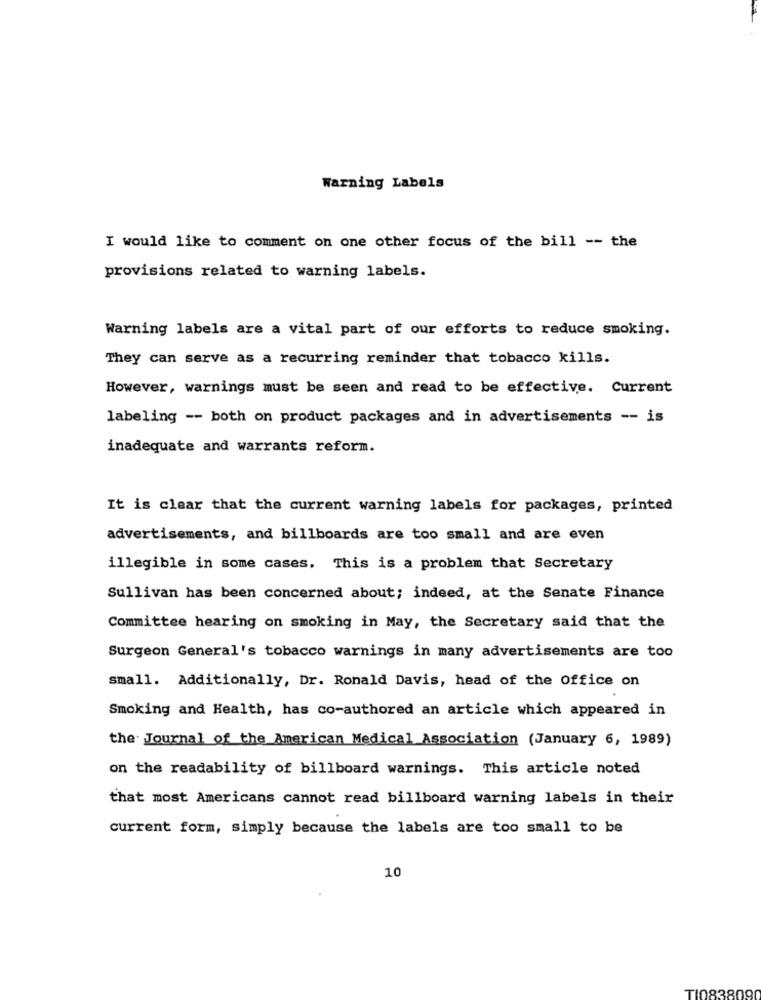
Warning Labels
I would like to comment on one other focus of the bill -- the
provisions related to warning labels.
Warning labels are a vital part of our efforts to reduce smoking.
They can serve as a recurring reminder that tobacco kills.
However, warnings must be seen and read to be effective. Current
labeling -- both on product packages and in advertisements -- is
inadequate and warrants reform.
It is clear that the current warning labels for packages, printed
advertisements, and billboards are too small and are even
illegible in some cases. This is a problem that Secretary
Sullivan has been concerned about; indeed, at the Senate Finance
Committee hearing on smoking in May, the Secretary said that the
Surgeon General's tobacco warnings in many advertisements are too
small. Additionally, Dr. Ronald Davis, head of the Office on
Smoking and Health, has co-authored an article which appeared in
the Journal of the American Medical Association (January 6, 1989)
on the readability of billboard warnings. This article noted
that most Americans cannot read billboard warning labels in their
current form, simply because the labels are too small to be
10
T10838090